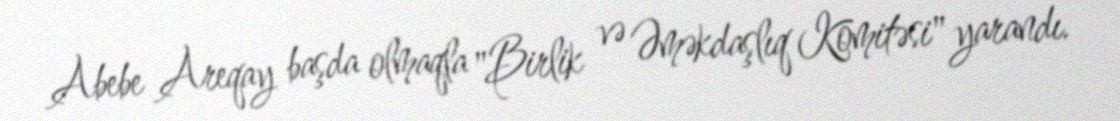
Abebe Areqay başda olmaqla "Birlik və Əməkdaşlıq Komitəsi" yarandı.